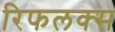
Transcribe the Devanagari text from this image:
रिफलक्स